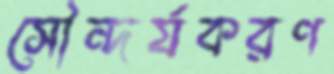
সৌন্দর্যকরণ